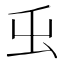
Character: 𭕿